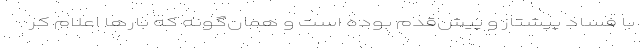
با فساد پیشتاز و پیش‌قدم بوده‌ است و همان‌گونه که بارها اعلام‌ کر